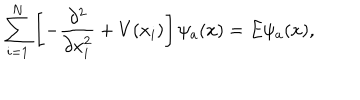
\sum _ { i = 1 } ^ { N } \left[ - \frac { \partial ^ { 2 } } { \partial x _ { i } ^ { 2 } } + V ( x _ { i } ) \right] \psi _ { a } ( x ) = E \psi _ { a } ( x ) ,